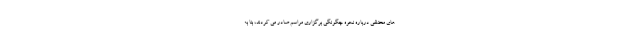
های مختلفی درباره نحوه چگونگی برگزاری مراسم صادر می کردند، بنا به